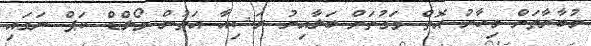
މުބާރާތަށް މިހާރު އޮތް ވަގުތަށް ބަލާއިރު ރަޝިއާ އަތުން ވޯލްޑް ކަޕް ނަގައި